Report of the Indian Hemp Drugs Commission, 1894-1895 - Volume VI
Year: 1894
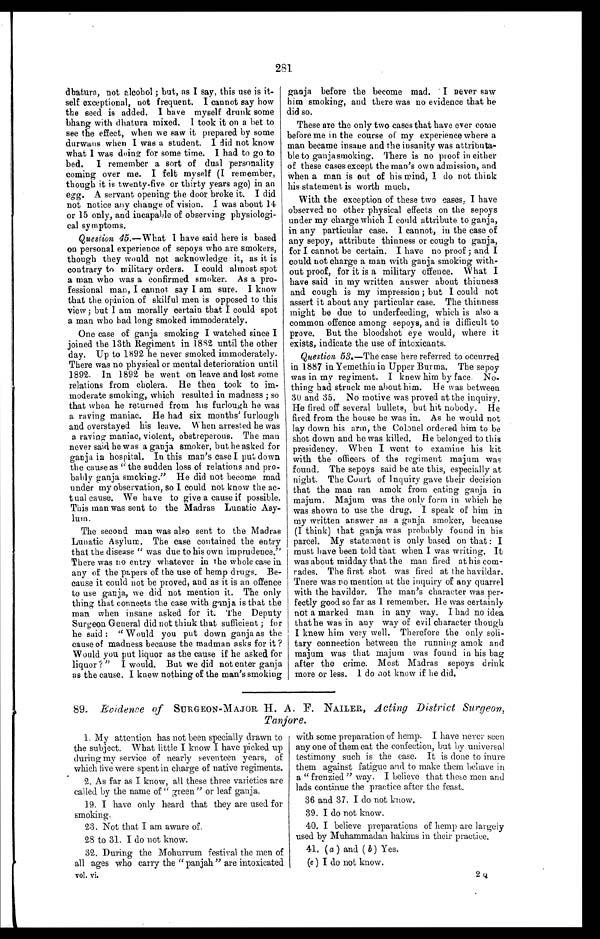
281
dhatura, not alcohol ; but, as I say, this use is it-
self exceptional, not frequent. I cannot say how
the seed is added. I have myself drunk some
bhang with dhatura mixed. I took it on a bet to
see the effect, when we saw it prepared by some
durwans when I was a student. I did not know
what I was doing for some time. I had to go to
bed. I remember a sort of dual personality
coming over me. I felt myself (I remember,
though it is twenty-five or thirty years ago) in an
egg. A servant opening the door broke it. I did
not notice any change of vision. 1 was about 14
or 15 only, and incapable of observing physiologi-
cal symptoms.
Question 45. —What I have said here is based
on personal experience of sepoys who are smokers,
though they would not acknowledge it, as it is
contrary to military orders. I could almost spot
a man who was a confirmed smoker. As a pro-
fessional man, I cannot say I am sure. I know
that the opinion of skilful men is opposed to this
view ; but I am morally certain that I could spot
a man who bad long smoked immoderately.
One case of ganja smoking I watched since I
joined the 13th Regiment in 1882 until the other
day. Up to 1892 he never smoked immoderately.
There was no physical or mental deterioration until
1892. In 1892 he went on leave and lost some
relations from cholera. He then took to im-
moderate smoking, which resulted in madness ; so
that when he returned from his furlough he was
a raving maniac. He had six months' furlough
and overstayed his leave. When arrested he was
a raving maniac, violent, obstreperous. The man
never said he was a ganja smoker, but he asked for
ganja in hospital. In this man's case I put down
the cause as "the sudden loss of relations and pro-
bably ganja smoking." He did not become mad
under my observation, so I could not know the ac-
tual cause. We have to g ive a cause if possible.
This man was sent to the Madras Lunatic Asy-
lum.
The second man was also sent to the Madras
Lunatic Asylum. The case contained the entry
that the disease "was due to his own imprudence."
There was no entry whatever in the whole case in
any of the papers of the use of hemp drugs. Be-
cause it could not be proved, and as it is an offence
to use ganja, we did not mention it. The only
thing that connects the case with ganja is that the
man when insane asked for it. The Deputy
Surgeon General did not think that sufficient ; for
he said : "Would you put down ganja as the
cause of madness because the madman asks for it ?
Would you put liquor as the cause if he asked for
liquor ?" I would. But we did not enter ganja
as the cause. I knew nothing of the man's smoking
ganja before the become mad. I never saw
him smoking, and there was no evidence that he
did so.
These are the only two cases that have ever come
before me in the course of my experience where a
man became insane and the insanity was attributa-
ble to ganjasmoking. There is no proof in either
of these cases except the man's own admission, and
When a man is out of his mind, I do not think
his statement is worth much.
With the exception of these two cases. I have
observed no other physical effects on the sepoys
under my charge which I could attribute to ganja,
in any particular case. I cannot, in the case of
any sepoy, attribute thinness or cough to ganja,
for I cannot be certain. I have no proof ; and I
could not charge a man with ganja smoking with-
out proof, for it is a military offence. What I
have said in my written answer about thinness
and cough is my impression ; but I could not
assert it about any particular case. The thinness
might be due to underfeeding, which is also a
common offence among sepoys, and is difficult to
prove. But the bloodshot eye would, where it
exists, indicate the use of intoxicants.
Question 53. —The case here referred to occurred
in 1887 in Yemethin in Upper Burma. The sepoy
was in my regiment. I knew him by face. No-
thing had struck me about him. He was between
30 and 35. No motive was proved at the inquiry.
He fired off several bullets, but hit nobody. He
fired from the house he was in. As he would not
lay down his arm, the Colonel ordered him to be
shot down and he was killed. He belonged to this
presidency. When I went to examine his kit
with the officers of the regiment majum was
found. The sepoys said he ate this, especially at
night. The Court of Inquiry gave their decision
that the man ran amok from eating ganja in
majum. Majum was the only form in which he
was shown to use the drug. I speak of him in
my written answer as a ganja smoker, because
(I think) that ganja was probably found in his
parcel. My statement is only based on that: I
must have been told that when I was writing. It
was about midday that the man fired at his com-
rades. The first shot was fired at the havildar.
There was no mention at the inquiry of any quarrel
with the havildar. The man's character was per-
fectly good so far as I remember. He was certainly
not a marked man in any way. I had no idea
that he was in any way of evil character though
I knew him very well. Therefore the only soli-
tary connection between the running amok and
majum was that majum was found in his bag
after the crime. Most Madras sepoys drink
more or less. I do not know if he did.
89. Evidence of SURGEON-MAJOR H. A. F. NAILER, Acting District Surgeon,
Tanjore.
1. My attention has not been specially drawn to
the subject. What little I know I have picked up
during my service of nearly seventeen years, of
w h i c h f i v e w e r e s p e n t i n c h a r g e o f n a t i v e r e g i m e n t s .
2. As far as I know, all these three varieties are
called by the name of "green" or leaf ganja.
19. I have only heard that they are used for
smoking.
23. Not that I am aware of.
28 to 31. I do not know.
32. During the Mohurrum festival the men of
all ages who carry the "panjah" are intoxicated
vol. vi.
with some preparation of hemp. I have never seen
any one of them eat the confection, but by universal
testimony such is the ease. It is done to inure
them against fatigue and to make them behave in
a "frenzied" way. I believe that these men and
lads continue the practice after the feast.
36 and 37. I do not know.
39. I do not know.
40. I believe preparations of hemp are largely
used by Muhammadan hakims in their practice.
41. (a) and ( b) Yes.
(c) I do not know.
2Q